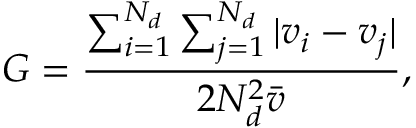
G = \frac { \sum _ { i = 1 } ^ { N _ { d } } \sum _ { j = 1 } ^ { N _ { d } } | v _ { i } - v _ { j } | } { 2 N _ { d } ^ { 2 } \bar { v } } ,